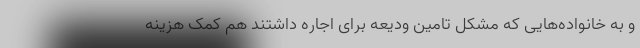
و به خانواده‌هایی که مشکل تامین ودیعه برای اجاره داشتند هم کمک هزینه